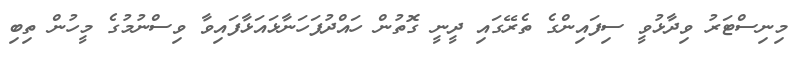
މިނިސްޓަރު ވިދާޅުވީ ސިފައިންގެ ތެރޭގައި ދީނީ ގޮތުން ހައްދުފަހަނާޅައަޅާފައިވާ ވިސްނުމުގެ މީހުން ތިބި